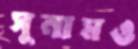
সুনামও